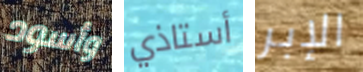
وأسود أستاذي الإبر